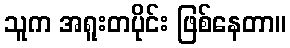
သူက အရူးတပိုင်း ဖြစ်နေတာ။